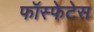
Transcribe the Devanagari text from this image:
फॉस्फेटेस